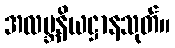
အလဗ္ဘနိယဋ္ဌာနသုတ်။